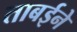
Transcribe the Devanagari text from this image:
ताबईने